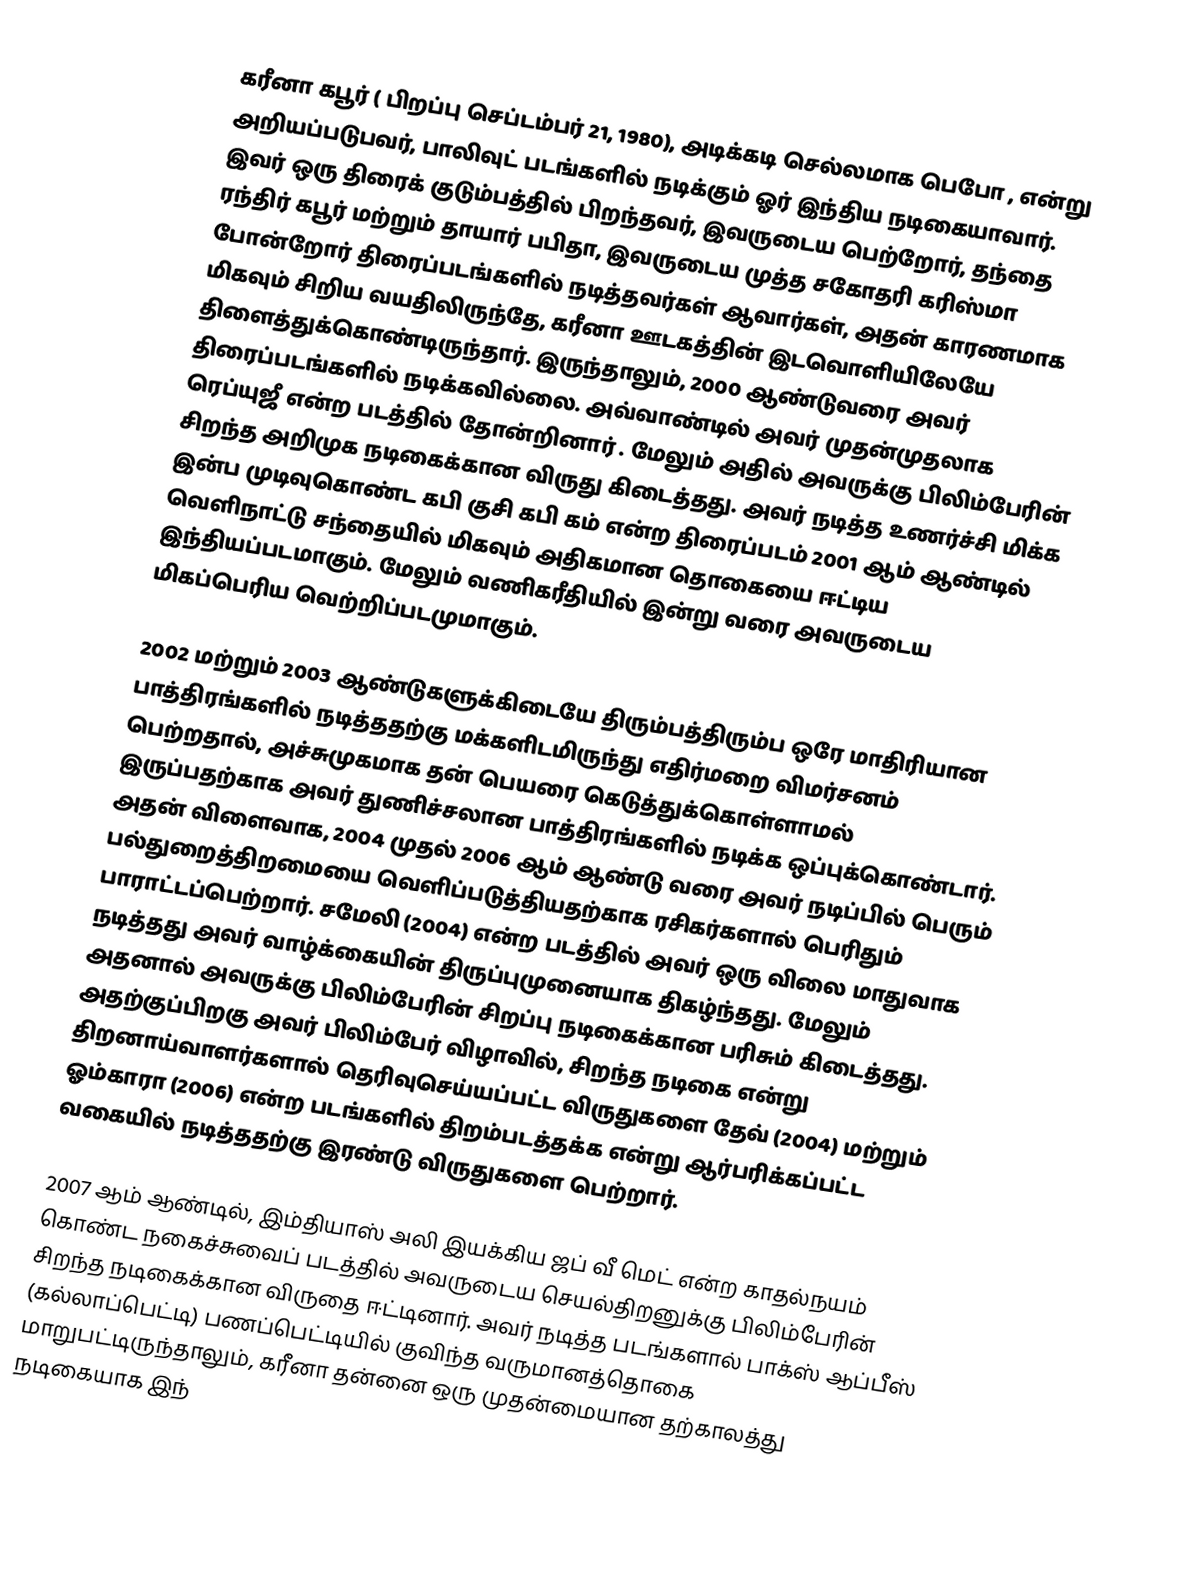
கரீனா கபூர்  ( பிறப்பு செப்டம்பர் 21, 1980), அடிக்கடி செல்லமாக பெபோ  , என்று அறியப்படுபவர், பாலிவுட் படங்களில் நடிக்கும் ஓர் இந்திய  நடிகையாவார். இவர் ஒரு திரைக் குடும்பத்தில் பிறந்தவர், இவருடைய பெற்றோர், தந்தை ரந்திர் கபூர் மற்றும் தாயார் பபிதா, இவருடைய முத்த சகோதரி கரிஸ்மா போன்றோர் திரைப்படங்களில் நடித்தவர்கள் ஆவார்கள், அதன் காரணமாக மிகவும் சிறிய வயதிலிருந்தே, கரீனா ஊடகத்தின் இடவொளியிலேயே திளைத்துக்கொண்டிருந்தார். இருந்தாலும், 2000 ஆண்டுவரை அவர் திரைப்படங்களில் நடிக்கவில்லை. அவ்வாண்டில் அவர் முதன்முதலாக ரெப்யுஜீ என்ற படத்தில் தோன்றினார் . மேலும் அதில் அவருக்கு பிலிம்பேரின் சிறந்த அறிமுக நடிகைக்கான விருது கிடைத்தது. அவர் நடித்த உணர்ச்சி மிக்க இன்ப முடிவுகொண்ட கபி குசி கபி கம்  என்ற திரைப்படம் 2001 ஆம் ஆண்டில் வெளிநாட்டு சந்தையில் மிகவும் அதிகமான தொகையை ஈட்டிய இந்தியப்படமாகும். மேலும் வணிகரீதியில் இன்று வரை அவருடைய மிகப்பெரிய வெற்றிப்படமுமாகும்.

2002 மற்றும் 2003 ஆண்டுகளுக்கிடையே திரும்பத்திரும்ப ஒரே மாதிரியான பாத்திரங்களில் நடித்ததற்கு மக்களிடமிருந்து எதிர்மறை விமர்சனம் பெற்றதால், அச்சுமுகமாக தன் பெயரை கெடுத்துக்கொள்ளாமல் இருப்பதற்காக அவர் துணிச்சலான பாத்திரங்களில் நடிக்க ஒப்புக்கொண்டார். அதன் விளைவாக, 2004 முதல் 2006 ஆம் ஆண்டு வரை அவர் நடிப்பில் பெரும் பல்துறைத்திறமையை வெளிப்படுத்தியதற்காக ரசிகர்களால் பெரிதும் பாராட்டப்பெற்றார். சமேலி  (2004) என்ற படத்தில் அவர் ஒரு விலை மாதுவாக நடித்தது அவர் வாழ்க்கையின் திருப்புமுனையாக திகழ்ந்தது. மேலும் அதனால் அவருக்கு பிலிம்பேரின் சிறப்பு நடிகைக்கான பரிசும் கிடைத்தது. அதற்குப்பிறகு அவர் பிலிம்பேர் விழாவில், சிறந்த நடிகை என்று திறனாய்வாளர்களால் தெரிவுசெய்யப்பட்ட விருதுகளை தேவ்  (2004) மற்றும் ஓம்காரா (2006) என்ற படங்களில் திறம்படத்தக்க என்று ஆர்பரிக்கப்பட்ட வகையில் நடித்ததற்கு இரண்டு விருதுகளை பெற்றார்.

2007 ஆம் ஆண்டில், இம்தியாஸ் அலி இயக்கிய ஜப் வீ மெட் என்ற காதல்நயம் கொண்ட நகைச்சுவைப் படத்தில் அவருடைய செயல்திறனுக்கு பிலிம்பேரின் சிறந்த நடிகைக்கான விருதை ஈட்டினார். அவர் நடித்த படங்களால் பாக்ஸ் ஆப்பீஸ் (கல்லாப்பெட்டி) பணப்பெட்டியில் குவிந்த வருமானத்தொகை மாறுபட்டிருந்தாலும், கரீனா தன்னை ஒரு முதன்மையான தற்காலத்து நடிகையாக இந்